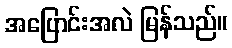
အပြောင်းအလဲ မြန်သည်။